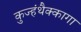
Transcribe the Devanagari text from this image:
कुज्हंथैक्कागा